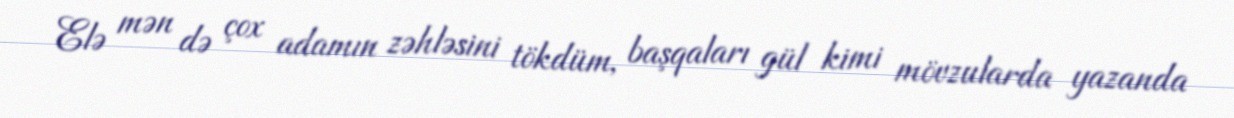
Elə mən də çox adamın zəhləsini tökdüm, başqaları gül kimi mövzularda yazanda